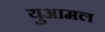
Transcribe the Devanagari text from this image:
युआमल